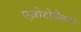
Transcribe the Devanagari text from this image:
एज़ोटोबैक्टर